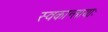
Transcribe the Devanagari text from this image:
स्वकान्तायाः